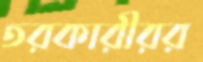
তরকারীরর